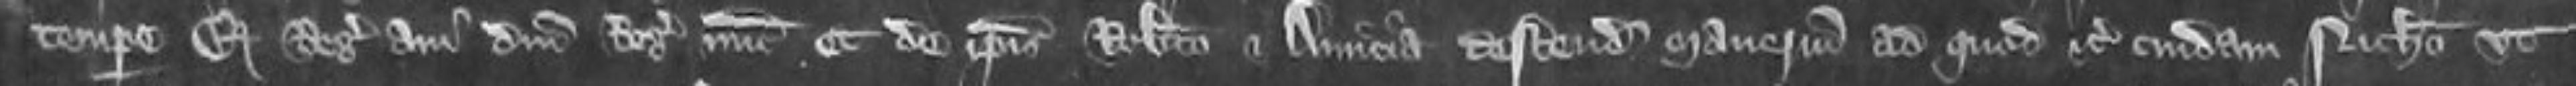
tempore Edwardi Regis avi domini Regis nunc et de ipsis Roberto et Amicia descendit manerium ad quod etc cuidam Nicholao ut